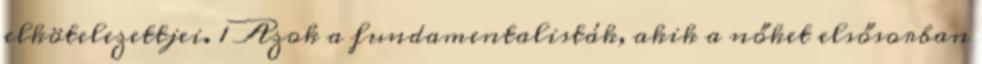
elkötelezettjei. 1 Azok a fundamentalisták, akik a nőket elsősorban